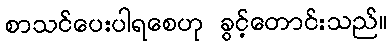
စာသင်ပေးပါရစေဟု ခွင့်တောင်းသည်။